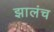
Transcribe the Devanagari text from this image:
झालंच